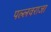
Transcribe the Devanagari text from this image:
पल्लवराजा